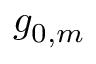
g _ { 0 , m }